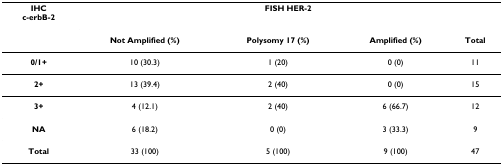
<table><thead><tr><td><b>IHCc-erbB-2</b></td><td colspan="4"><b>FISH HER-2</b></td></tr><tr><td></td><td><b>Not Amplified (%)</b></td><td><b>Polysomy 17 (%)</b></td><td><b>Amplified (%)</b></td><td><b>Total</b></td></tr></thead><tbody><tr><td><b>0/1+</b></td><td>10 (30.3)</td><td>1 (20)</td><td>0 (0)</td><td>11</td></tr><tr><td><b>2+</b></td><td>13 (39.4)</td><td>2 (40)</td><td>0 (0)</td><td>15</td></tr><tr><td><b>3+</b></td><td>4 (12.1)</td><td>2 (40)</td><td>6 (66.7)</td><td>12</td></tr><tr><td><b>NA</b></td><td>6 (18.2)</td><td>0 (0)</td><td>3 (33.3)</td><td>9</td></tr><tr><td><b>Total</b></td><td>33 (100)</td><td>5 (100)</td><td>9 (100)</td><td>47</td></tr></tbody></table>